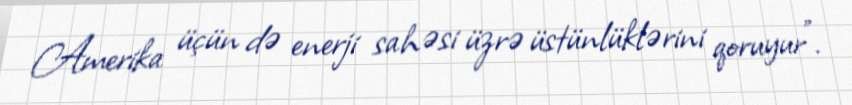
Amerika üçün də enerji sahəsi üzrə üstünlüklərini qoruyur”.